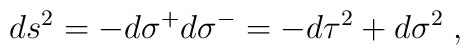
ds^2=-d\sigma^+d\sigma^-=-d\tau^2+d\sigma^2\;,